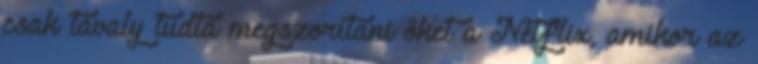
csak tavaly tudta megszorítani őket a Netflix, amikor az